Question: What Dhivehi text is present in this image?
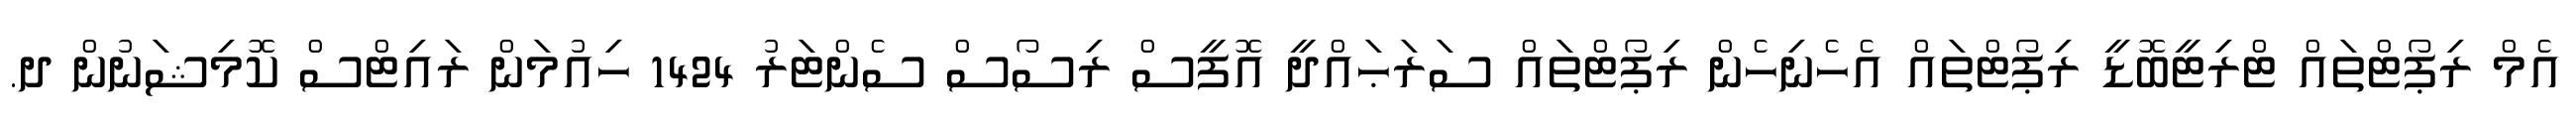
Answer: އެމް ރިޕޯޓްތައް ޓްރިޓީބޮޑީ ރިޕޯޓްތައް އެހެނިހެން ރިޕޯޓްތައް ސަރަޙައްދީ އޮފީސް ރިސޯސް ސެންޓަރު 1424 ހިއުމަން ރައިޓްސް ކޮމިޝަނުން ދ.